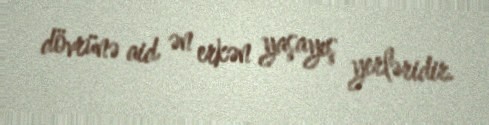
dövrünə aid ən erkən yaşayış yerləridir.